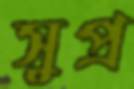
সুপ্র